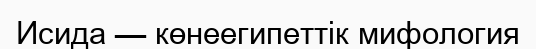
Исида — көнеегипеттік мифология